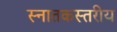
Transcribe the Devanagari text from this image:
स्नातकस्तरीय